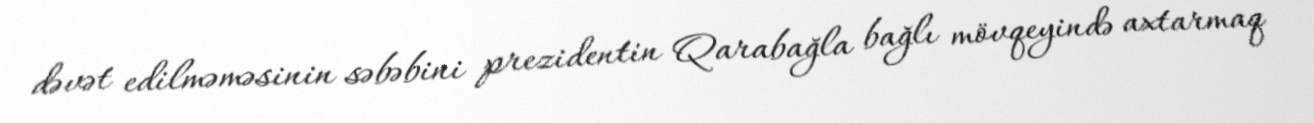
dəvət edilməməsinin səbəbini prezidentin Qarabağla bağlı mövqeyində axtarmaq